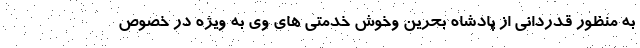
به منظور قدردانی از پادشاه بحرین وخوش خدمتی های وی به ویژه در خصوص